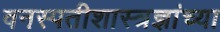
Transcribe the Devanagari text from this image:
वनस्पतीशास्त्रज्ञांच्या